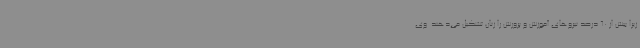
زیرا بیش از 60 درصد نیروهای آموزش و پرورش را زنان تشکیل می‌دهند. وی